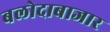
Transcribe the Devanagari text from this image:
बलोदाबाजार